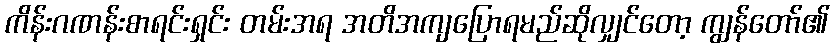
ကိန်းဂဏန်းစာရင်းရှင်း တမ်းအရ အတိအကျပြောရမည်ဆိုလျှင်တော့ ကျွန်တော်၏